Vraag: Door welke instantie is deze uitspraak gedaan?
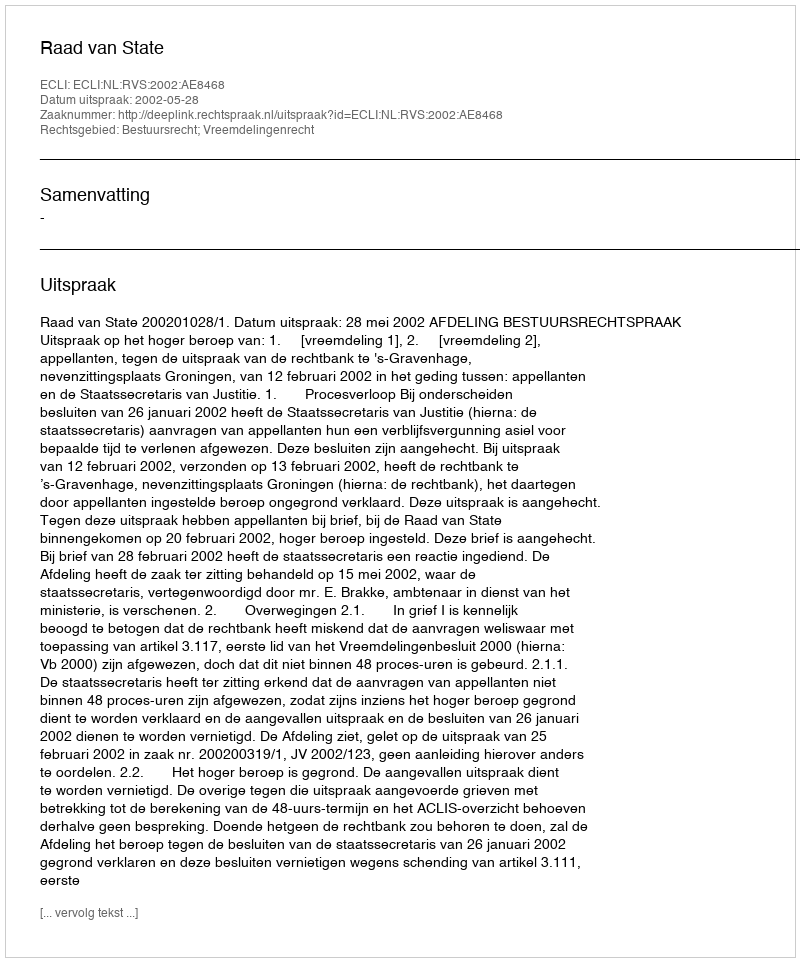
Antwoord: Raad van State